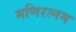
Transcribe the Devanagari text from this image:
मणिरत्‍नम